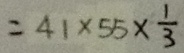
= 4 1 \times 5 5 \times \frac { 1 } { 3 }